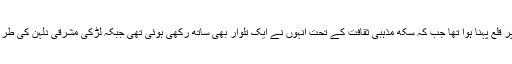
کپل شرما نے شیروانی اور سر پر قلع پہنا ہوا تھا جب کہ سکھ مذہبی ثقافت کے تحت انہوں نے ایک تلوار بھی ساتھ رکھی ہوئی تھی جبکہ لڑکی مشرقی دلہن کی طرح جوڑا مبلوس کیے ہوئے تھیں۔